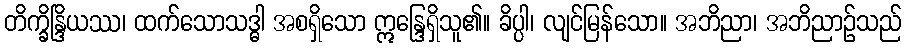
တိက္ခိန္ဒြိယဿ၊ ထက်သောသဒ္ဓါ အစရှိသော ဣန္ဒြေရှိသူ၏။ ခိပ္ပါ၊ လျင်မြန်သော။ အဘိညာ၊ အဘိညာဉ်သည်